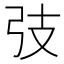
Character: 𢎼